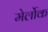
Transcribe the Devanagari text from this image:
मेर्लोक